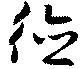
徳